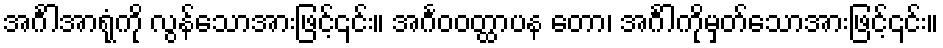
အင်္ဂါအာရုံကို လွန်သောအားဖြင့်၎င်း။ အင်္ဂဝဝတ္ထာပန တော၊ အင်္ဂါကိုမှတ်သောအားဖြင့်၎င်း။